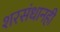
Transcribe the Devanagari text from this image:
शरसंधानही